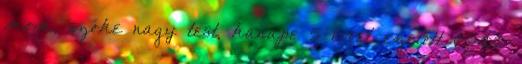
mom, szőke nagy test, kanape 5 évvel ezelőtt 05:00